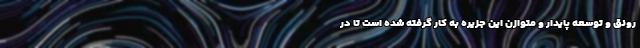
رونق و توسعه پایدار و متوازن این جزیره به کار گرفته شده است تا در